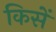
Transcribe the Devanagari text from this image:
किसें